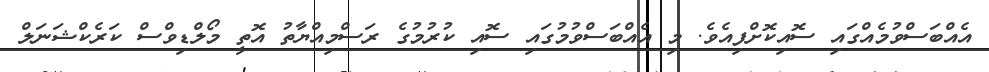
އެއްބަސްވުމެއްގައި ސޮއިކޮށްފިއެވެ. މި އެއްބަސްވުމުގައި ސޮއި ކުރުމުގެ ރަސްމިއްޔާތު އޮތީ މޯލްޑިވްސް ކަރެކްޝަނަލް